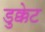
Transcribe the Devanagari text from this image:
डुक्केट